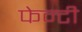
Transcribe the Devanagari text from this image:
फेन्टी